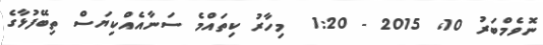
ނޮވެމްބަރު 10